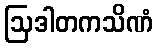
ဩဒါတကသိဏံ